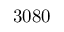
3 0 8 0